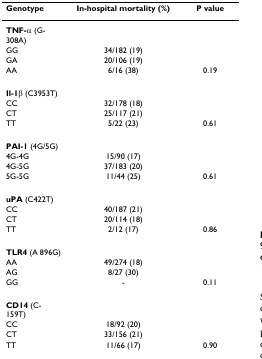
<table><thead><tr><td><b>Genotype</b></td><td><b>In-hospital mortality (%)</b></td><td><b>P value</b></td></tr></thead><tbody><tr><td><b>TNF-α </b>(G-308A)</td><td></td><td></td></tr><tr><td>GG</td><td>34/182 (19)</td><td></td></tr><tr><td>GA</td><td>20/106 (19)</td><td></td></tr><tr><td>AA</td><td>6/16 (38)</td><td>0.19</td></tr><tr><td><b>Il-1β </b>(C3953T)</td><td></td><td></td></tr><tr><td>CC</td><td>32/178 (18)</td><td></td></tr><tr><td>CT</td><td>25/117 (21)</td><td></td></tr><tr><td>TT</td><td>5/22 (23)</td><td>0.61</td></tr><tr><td><b>PAI-1 </b>(4G/5G)</td><td></td><td></td></tr><tr><td>4G-4G</td><td>15/90 (17)</td><td></td></tr><tr><td>4G-5G</td><td>37/183 (20)</td><td></td></tr><tr><td>5G-5G</td><td>11/44 (25)</td><td>0.61</td></tr><tr><td><b>uPA </b>(C422T)</td><td></td><td></td></tr><tr><td>CC</td><td>40/187 (21)</td><td></td></tr><tr><td>CT</td><td>20/114 (18)</td><td></td></tr><tr><td>TT</td><td>2/12 (17)</td><td>0.86</td></tr><tr><td><b>TLR4 </b>(A 896G)</td><td></td><td></td></tr><tr><td>AA</td><td>49/274 (18)</td><td></td></tr><tr><td>AG</td><td>8/27 (30)</td><td></td></tr><tr><td>GG</td><td>-</td><td>0.11</td></tr><tr><td><b>CD14 </b>(C-159T)</td><td></td><td></td></tr><tr><td>CC</td><td>18/92 (20)</td><td></td></tr><tr><td>CT</td><td>33/156 (21)</td><td></td></tr><tr><td>TT</td><td>11/66 (17)</td><td>0.90</td></tr></tbody></table>